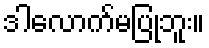
ဒါလောက်မပြုဘူး။